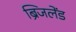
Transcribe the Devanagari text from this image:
ब्रिजलेंड